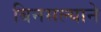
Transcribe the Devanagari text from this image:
बिनसल्याने